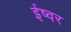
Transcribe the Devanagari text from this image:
ईष्वर